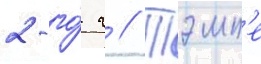
2-го́ г // Тэмп'е